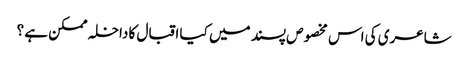
شاعری کی اس مخصوص پسند میں کیا اقبال کا داخلہ ممکن ہے ؟